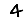
Digit: 4